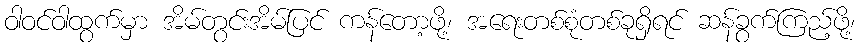
ဝါဝင်ဝါထွက်မှာ အိမ်တွင်းအိမ်ပြင် ကန်တော့ဖို့၊ အရေးတစ်စုံတစ်ခုရှိရင် ဆန်ခွက်ကြည့်ဖို့၊